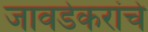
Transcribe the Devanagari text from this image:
जावडेकरांचे